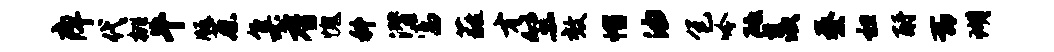
痒代桃牛版蔡集耆愧科潜富蕤才竺效帽油包吟砥羡秦袒酹一即瑚